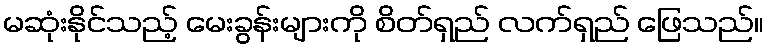
မဆုံးနိုင်သည့် မေးခွန်းများကို စိတ်ရှည် လက်ရှည် ဖြေသည်။